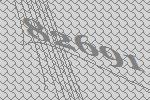
82691